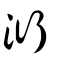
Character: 洐